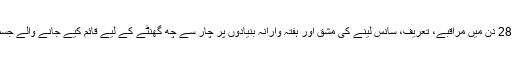
اسا کہتی ہیں 'شروع میں ہم نے تانترک کتابیں خریدیں جو جوڑوں کو صرف 28 دن میں مراقبے، تعریف، سانس لینے کی مشق اور ہفتہ وارانہ بنیادوں پر چار سے چھ گھنٹے کے لیے قائم کیے جانے والے جسمانی تعلق کے ذریعے جنسی تعلق میں بہتری لانے کے طریقے سکھاتی ہیں۔